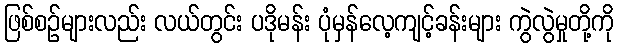
ဖြစ်စဉ်များလည်း လယ်တွင်း ပဒိုမန်း ပုံမှန်လေ့ကျင့်ခန်းများ ကွဲလွဲမှုတို့ကို